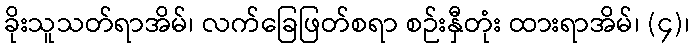
ခိုးသူသတ်ရာအိမ်၊ လက်ခြေဖြတ်စရာ စဉ်းနှီတုံး ထားရာအိမ်၊ (၄)၊